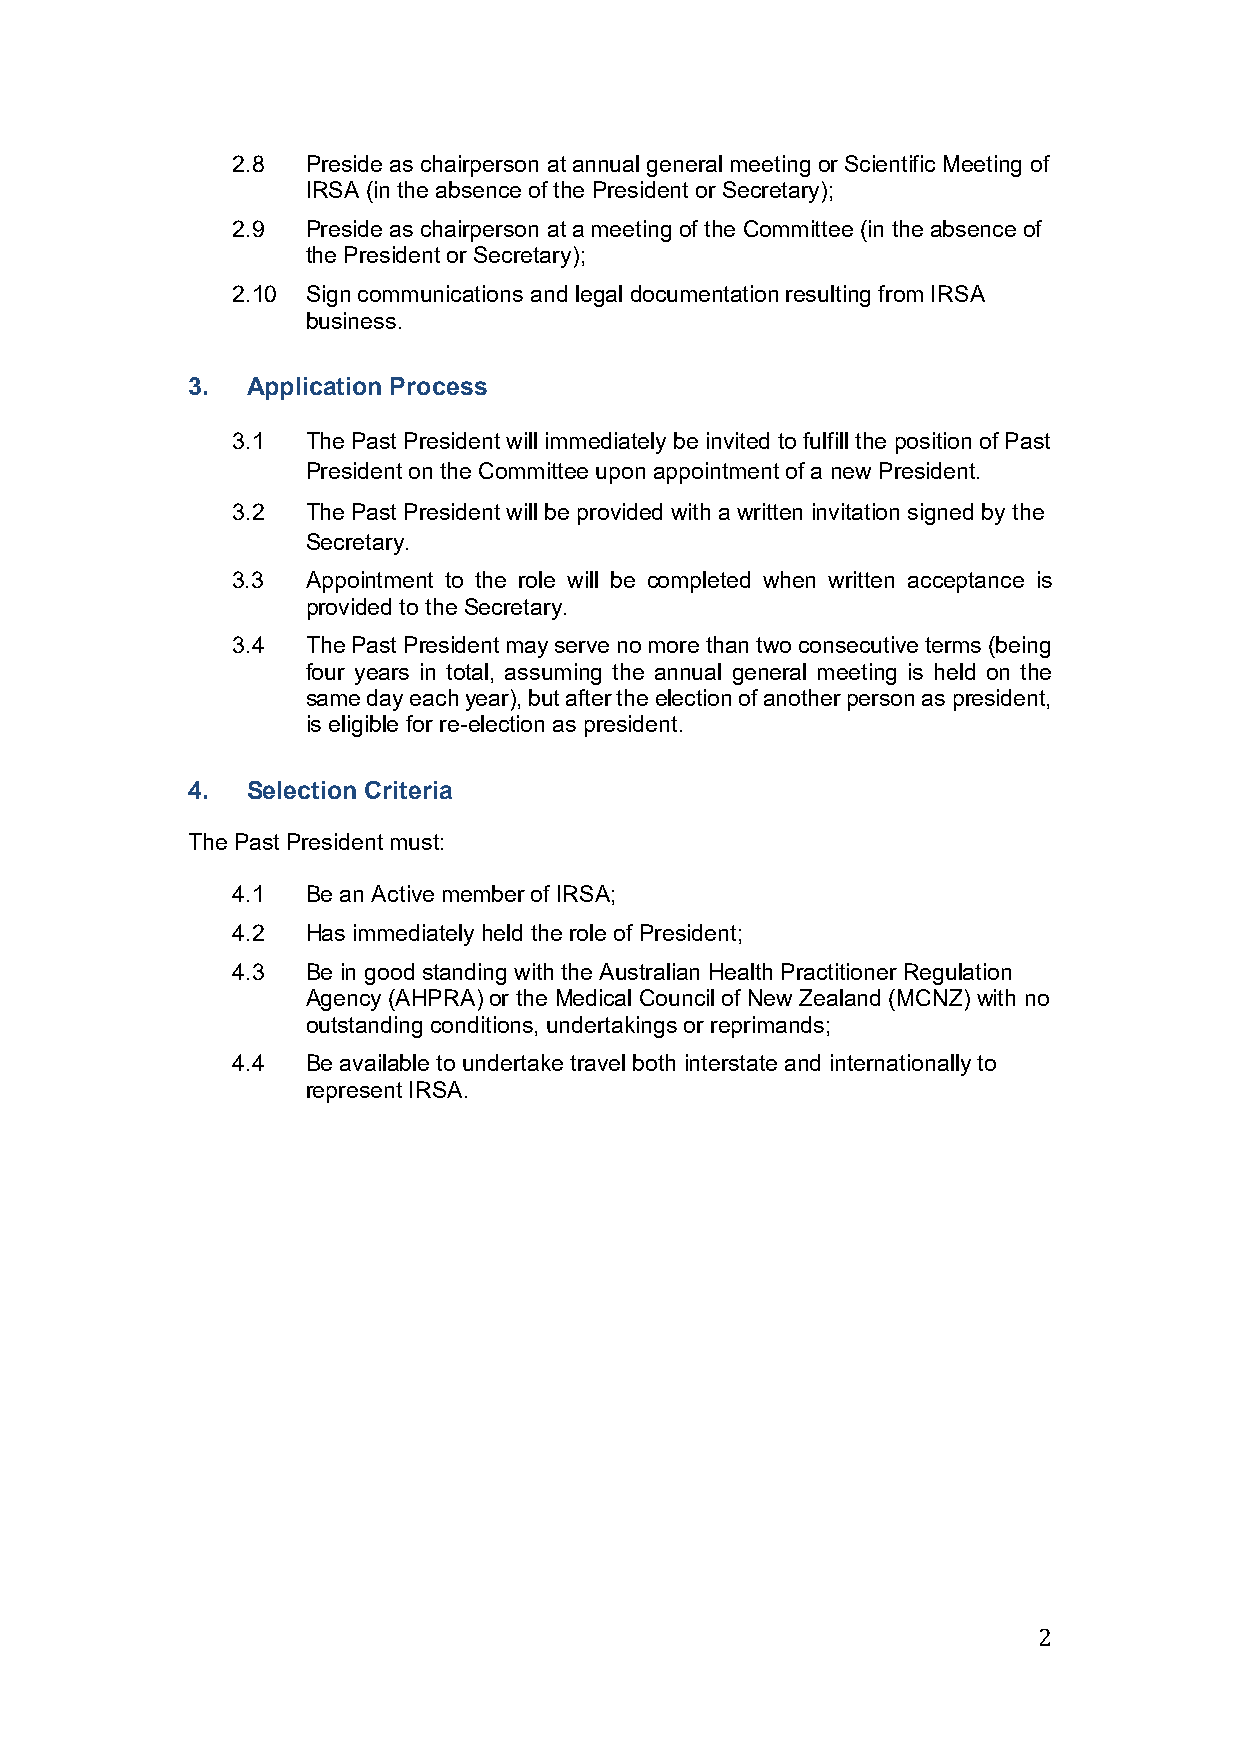
2.8  Preside as chairperson at annual general meeting or Scientific Meeting of
 IRSA (in the absence of the President or Secretary);
 2.9  Preside as chairperson at a meeting of the Committee (in the absence of
 the President or Secretary);
 2.10 Sign communications and legal documentation resulting from IRSA
 business.
 3.  Application Process
 3.1  The Past President will immediately be invited to fulfill the position of Past
 President on the Committee upon appointment of a new President.
 3.2  The Past President will be provided with a written invitation signed by the
 Secretary.
 3.3  Appointment to the role will be completed when written acceptance is
 provided to the Secretary.
 3.4  The Past President may serve no more than two consecutive terms (being
 four years in total, assuming the annual general meeting is held on the
 same day each year), but after the election of another person as president,
 is eligible for re-election as president.
 4.  Selection Criteria
 The Past President must:
 4.1  Be an Active member of IRSA;
 4.2  Has immediately held the role of President;
 4.3  Be in good standing with the Australian Health Practitioner Regulation
 Agency (AHPRA) or the Medical Council of New Zealand (MCNZ) with no
 outstanding conditions, undertakings or reprimands;
 4.4  Be available to undertake travel both interstate and internationally to
 represent IRSA.
 2